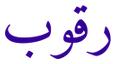
رقوب